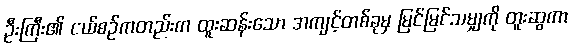
ဦးကြီး၏ ငယ်စဉ်ကတည်းက ထူးဆန်းသော အကျင့်တစ်ခုမှ မြင်မြင်သမျှကို တူးဆွကာ